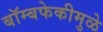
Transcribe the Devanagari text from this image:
बॉम्बफेकीमुळे